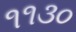
૧૧૩૦